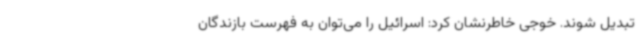
تبدیل شوند. خوجی خاطرنشان کرد: اسرائیل را می‌توان به فهرست بازندگان